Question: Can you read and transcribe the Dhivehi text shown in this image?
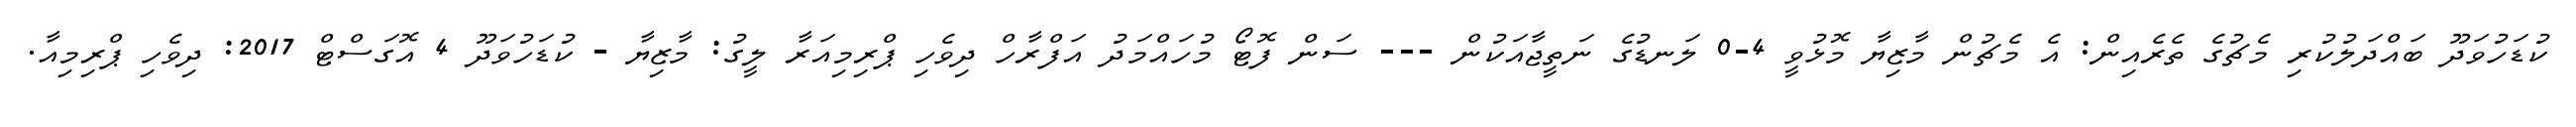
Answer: ކުޑަހުވަދޫ ބައްދަލުކުރި މެޗުގެ ތެރެއިން: އެ މެޗުން މާޒިޔާ މޮޅުވީ 4-0 ލަނޑުގެ ނަތީޖާއަކުން --- ސަން ފޮޓޯ މުހައްމަދު އަފްރާހް ދިވެހި ޕްރިމިއަރާ ލީގު: މާޒިޔާ - ކުޑަހުވަދޫ 4 އޮގަސްޓް 2017: ދިވެހި ޕްރިމިއާ.